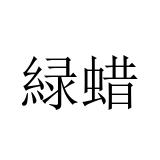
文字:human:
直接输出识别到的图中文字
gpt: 緑蜡